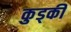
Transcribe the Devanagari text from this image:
कुड्की